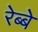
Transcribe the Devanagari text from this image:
रेब्बे